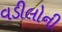
વડીલોની